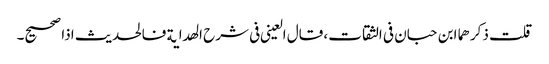
قلت ذکرھما ابن حبان فی الثقات، قال العینی فی شرح الھدایة فالحدیث اذا صحیح۔